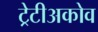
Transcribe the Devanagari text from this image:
ट्रेटीअकोव